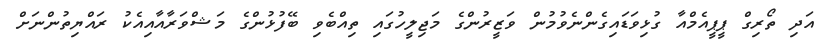
އަދި ތޯރިގް ޕީޕީއެމްއާ ގުޅިވަޑައިގެންނެވުމުން ވަޒީރުންގެ މަޖިލީހުގައި ތިއްބެވި ބޭފުޅުންގެ މަޝްވަރާއާއިއެކު ރައްޔިތުންނަށް